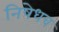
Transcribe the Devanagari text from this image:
निषेधच